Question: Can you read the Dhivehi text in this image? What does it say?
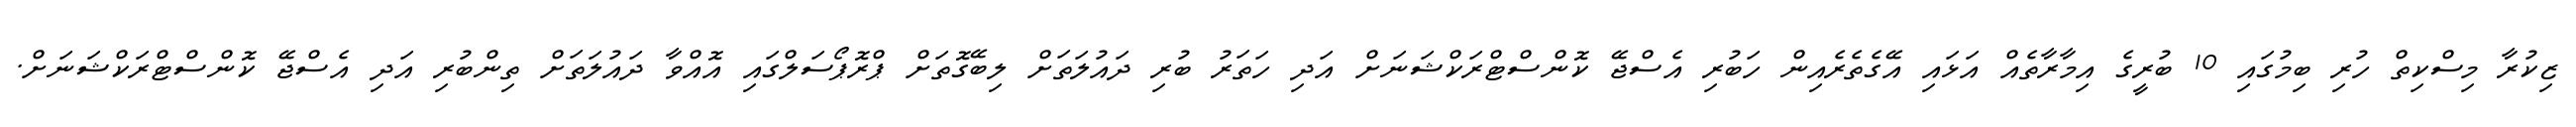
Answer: ޒިކުރާ މިސްކިތް ހުރި ބިމުގައި 10 ބުރީގެ އިމާރާތެއް އަޅައި އޭގެތެރެއިން ހަބުރި އެސްޖޭ ކޮންސްޓްރަކްޝަނަށް އަދި ހަތަރު ބުރި ދައުލަތަށް ލިބޭގޮތަށް ޕްރޮޕޯސަލްގައި އޮއްވާ ދައުލަތަށް ތިންބުރި އަދި އެސްޖޭ ކޮންސްޓްރަކްޝަނަށް.